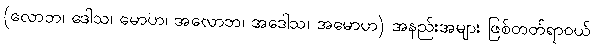
(လောဘ၊ ဒေါသ၊ မောဟ၊ အလောဘ၊ အဒေါသ၊ အမောဟ) အနည်းအများ ဖြစ်တတ်ရာဝယ်